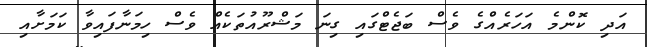
އަދި ކޮންމެ އަހަރެއްގެ ވެސް ބަޖެޓްގައި ގިނަ މަޝްރޫއުތަކެއް ވެސް ހިމަނާފައިވާ ކަމަށާއި